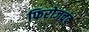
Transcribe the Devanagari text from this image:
फिरोजचंद